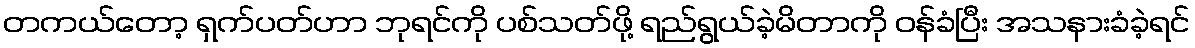
တကယ်တော့ ရှက်ပတ်ဟာ ဘုရင်ကို ပစ်သတ်ဖို့ ရည်ရွယ်ခဲ့မိတာကို ဝန်ခံပြီး အသနားခံခဲ့ရင်